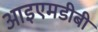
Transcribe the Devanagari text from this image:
आइएमडीबी